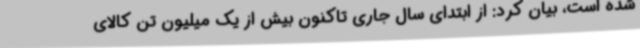
شده است، بیان کرد: از ابتدای سال جاری تاکنون بیش از یک میلیون تن کالای